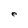
Character: e